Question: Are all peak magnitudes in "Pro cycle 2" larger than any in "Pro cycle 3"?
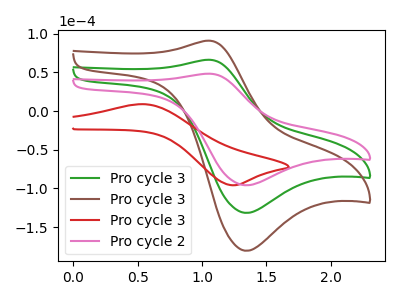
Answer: <think>The green curve "Pro cycle 3" has an anodic peak at (1.05V, 66.35uA) and a cathodic peak at (1.35V, -131.75uA). The brown curve "Pro cycle 3" has an anodic peak at (1.05V, 132.70uA) and a cathodic peak at (1.35V, -263.45uA). The red curve "Pro cycle 3" has an anodic peak at (0.55V, 8.95uA) and a cathodic peak at (1.25V, -95.95uA). The pink curve "Pro cycle 2" has an anodic peak at (1.05V, 48.35uA) and a cathodic peak at (1.35V, -96.00uA).</think>
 <answer>Every peak in "Pro cycle 2" is lower than every peak in "Pro cycle 3".</answer>
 <eval>lower</eval>